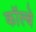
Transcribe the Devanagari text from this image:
कॉल्बे